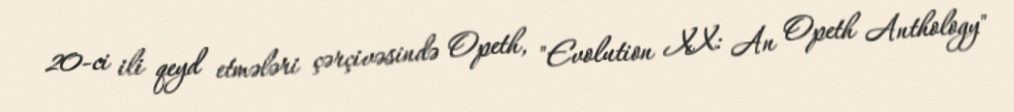
20-ci ili qeyd etmələri çərçivəsində Opeth, "Evolution XX: An Opeth Anthology"